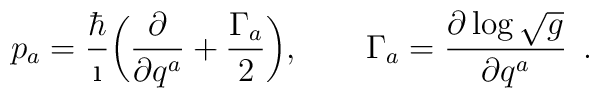
p_a={\hbar\over\i}\bigg({\partial\over\partial q^a}                    +{\Gamma_a\over2}\bigg),  \qquad \Gamma_a={\partial\log\sqrt{g}\over\partial q^a}\enspace.